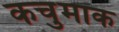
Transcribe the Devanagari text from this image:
कचुमाक